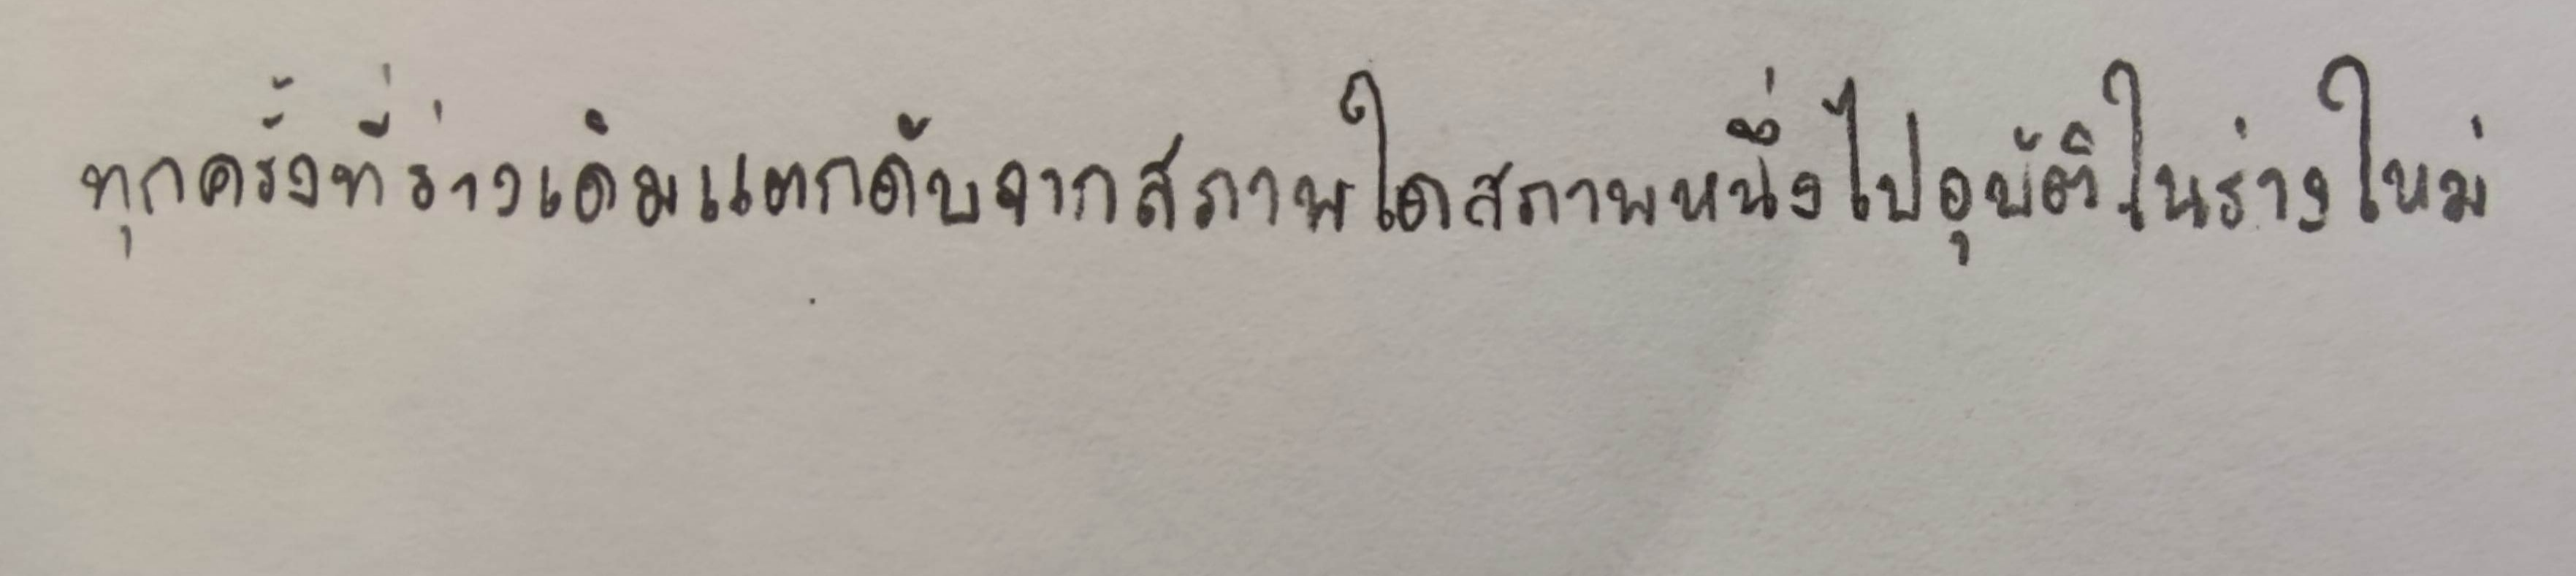
ทุกครั้งที่ร่างเดิมแตกดับจากสภาพใดสภาพหนึ่งไปอุบัติในร่างใหม่